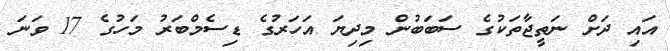
އައި ދަށް ނަތީޖާތަކުގެ ސަބަބުން މިދިޔަ އަހަރުގެ ޑިސެމްބަރު މަހުގެ 17 ވަނަ